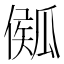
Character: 𤬈